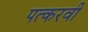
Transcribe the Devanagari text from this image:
पत्करवी